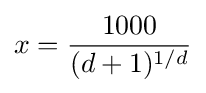
x={\frac {1000}{(d+1)^{1/d}}}